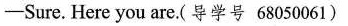
-Sure. Here you are.(导学号 68050061)